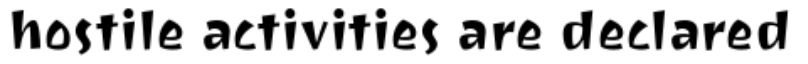
hostile activities are declared